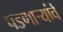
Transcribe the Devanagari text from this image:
पडणाऱ्यांचे